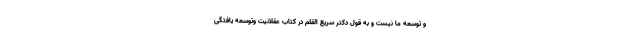
و توسعه ما نيست و به قول دکتر سریع القلم در کتاب عقلانیت وتوسعه یافتگی